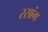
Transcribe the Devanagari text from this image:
रसांग